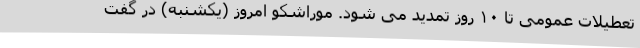
تعطیلات عمومی تا ۱۰ روز تمدید می شود. موراشکو امروز (یکشنبه) در گفت